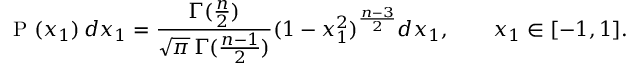
\mathrm { ~ P ~ } ( x _ { 1 } ) \, d x _ { 1 } = \frac { \Gamma ( \frac { n } { 2 } ) } { \sqrt { \pi } \, \Gamma ( \frac { n - 1 } { 2 } ) } ( 1 - x _ { 1 } ^ { 2 } ) ^ { \frac { n - 3 } { 2 } } d x _ { 1 } , \qquad x _ { 1 } \in [ - 1 , 1 ] .